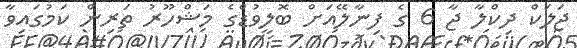
ޖަލަކް ދިކްލާ ޖާ 6 ގެ ފިނާލޭއަށް ބޮލީވުޑްގެ މަޝްހޫރު ތަރިން ކަމުގައިވާ